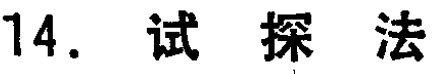
14. 试探法